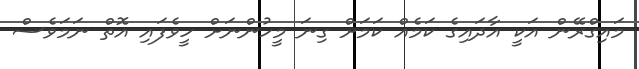
މައިގްރޭން އަކީ އާދައިގެ ކަމެއް ކަމަށް ގިނަ މީހުންނަށް ހީވެފައި އޮތް ނަމަވެސް